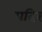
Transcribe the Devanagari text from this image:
पदिर